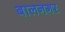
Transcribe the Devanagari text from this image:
बालनगर